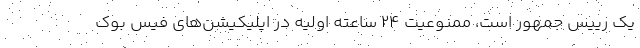
یک رییس جمهور است، ممنوعیت ۲۴ ساعته اولیه در اپلیکیشن‌های فیس بوک